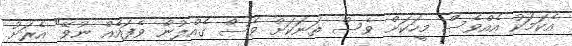
އެކަމަކު އެއްވެސް މީހަކަށް ވެސް ތަނަކަށް ވެސް ގެއްލުން ވެފައެއް ނުވޭ" އެރަށު